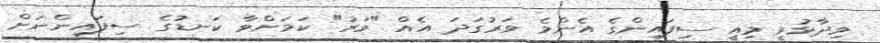
ވިދާޅުވީ މިއީ ސިފައިންގެ އެންމެ ވަރުގަދަ އެއް "ވަރު" ކަމަށްވާ ކަނޑުގެ ސިފައިންނަށް